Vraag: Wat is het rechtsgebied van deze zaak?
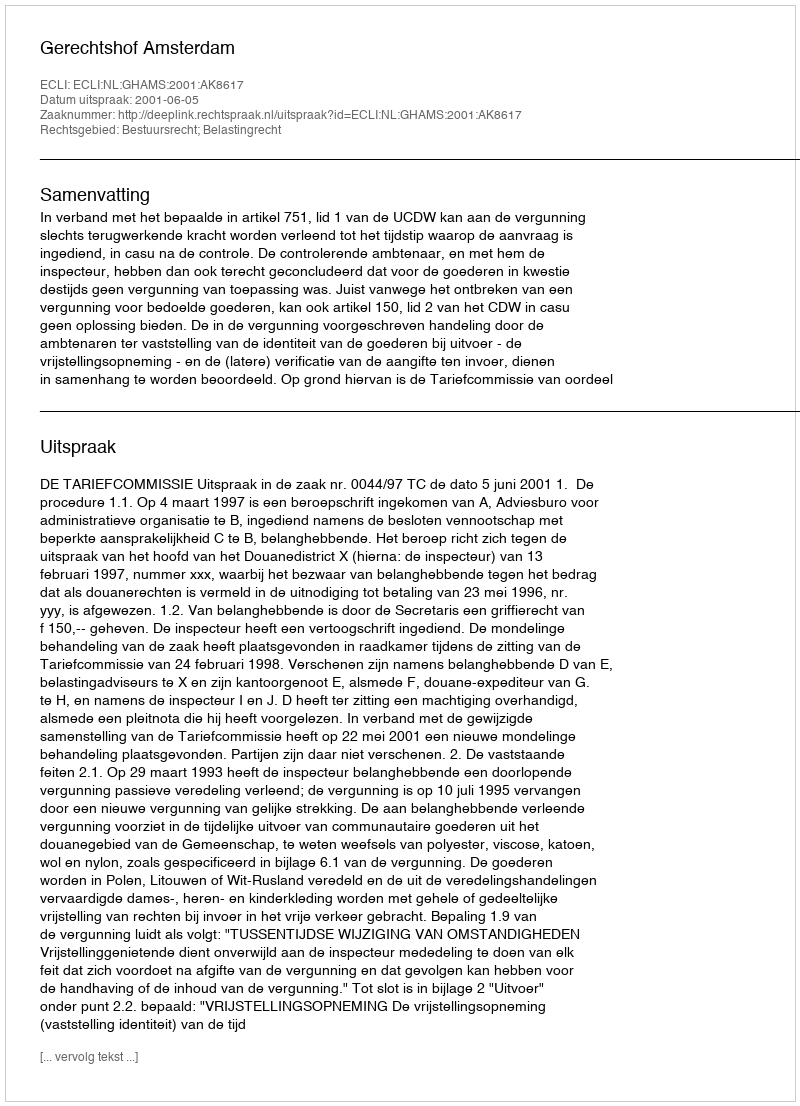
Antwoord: Bestuursrecht; Belastingrecht